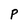
Character: P